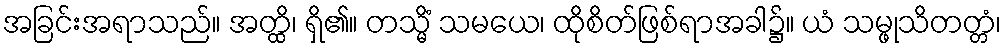
အခြင်းအရာသည်။ အတ္ထိ၊ ရှိ၏။ တသ္မိံ သမယေ၊ ထိုစိတ်ဖြစ်ရာအခါ၌။ ယံ သမ္ဖုသိတတ္တံ၊